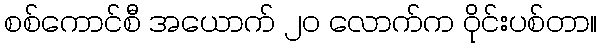
စစ်ကောင်စီ အယောက် ၂၀ လောက်က ဝိုင်းပစ်တာ။